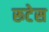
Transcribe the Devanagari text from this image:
रूटेस